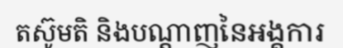
តស៊ូមតិ និងបណ្តាញនៃអង្គការ